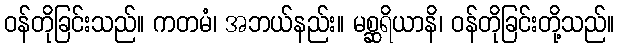
ဝန်တိုခြင်းသည်။ ကတမံ၊ အဘယ်နည်း။ မစ္ဆရိယာနိ၊ ဝန်တိုခြင်းတို့သည်။